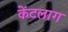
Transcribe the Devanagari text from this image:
केंटलाग